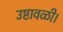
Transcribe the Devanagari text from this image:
उष्टावळी।